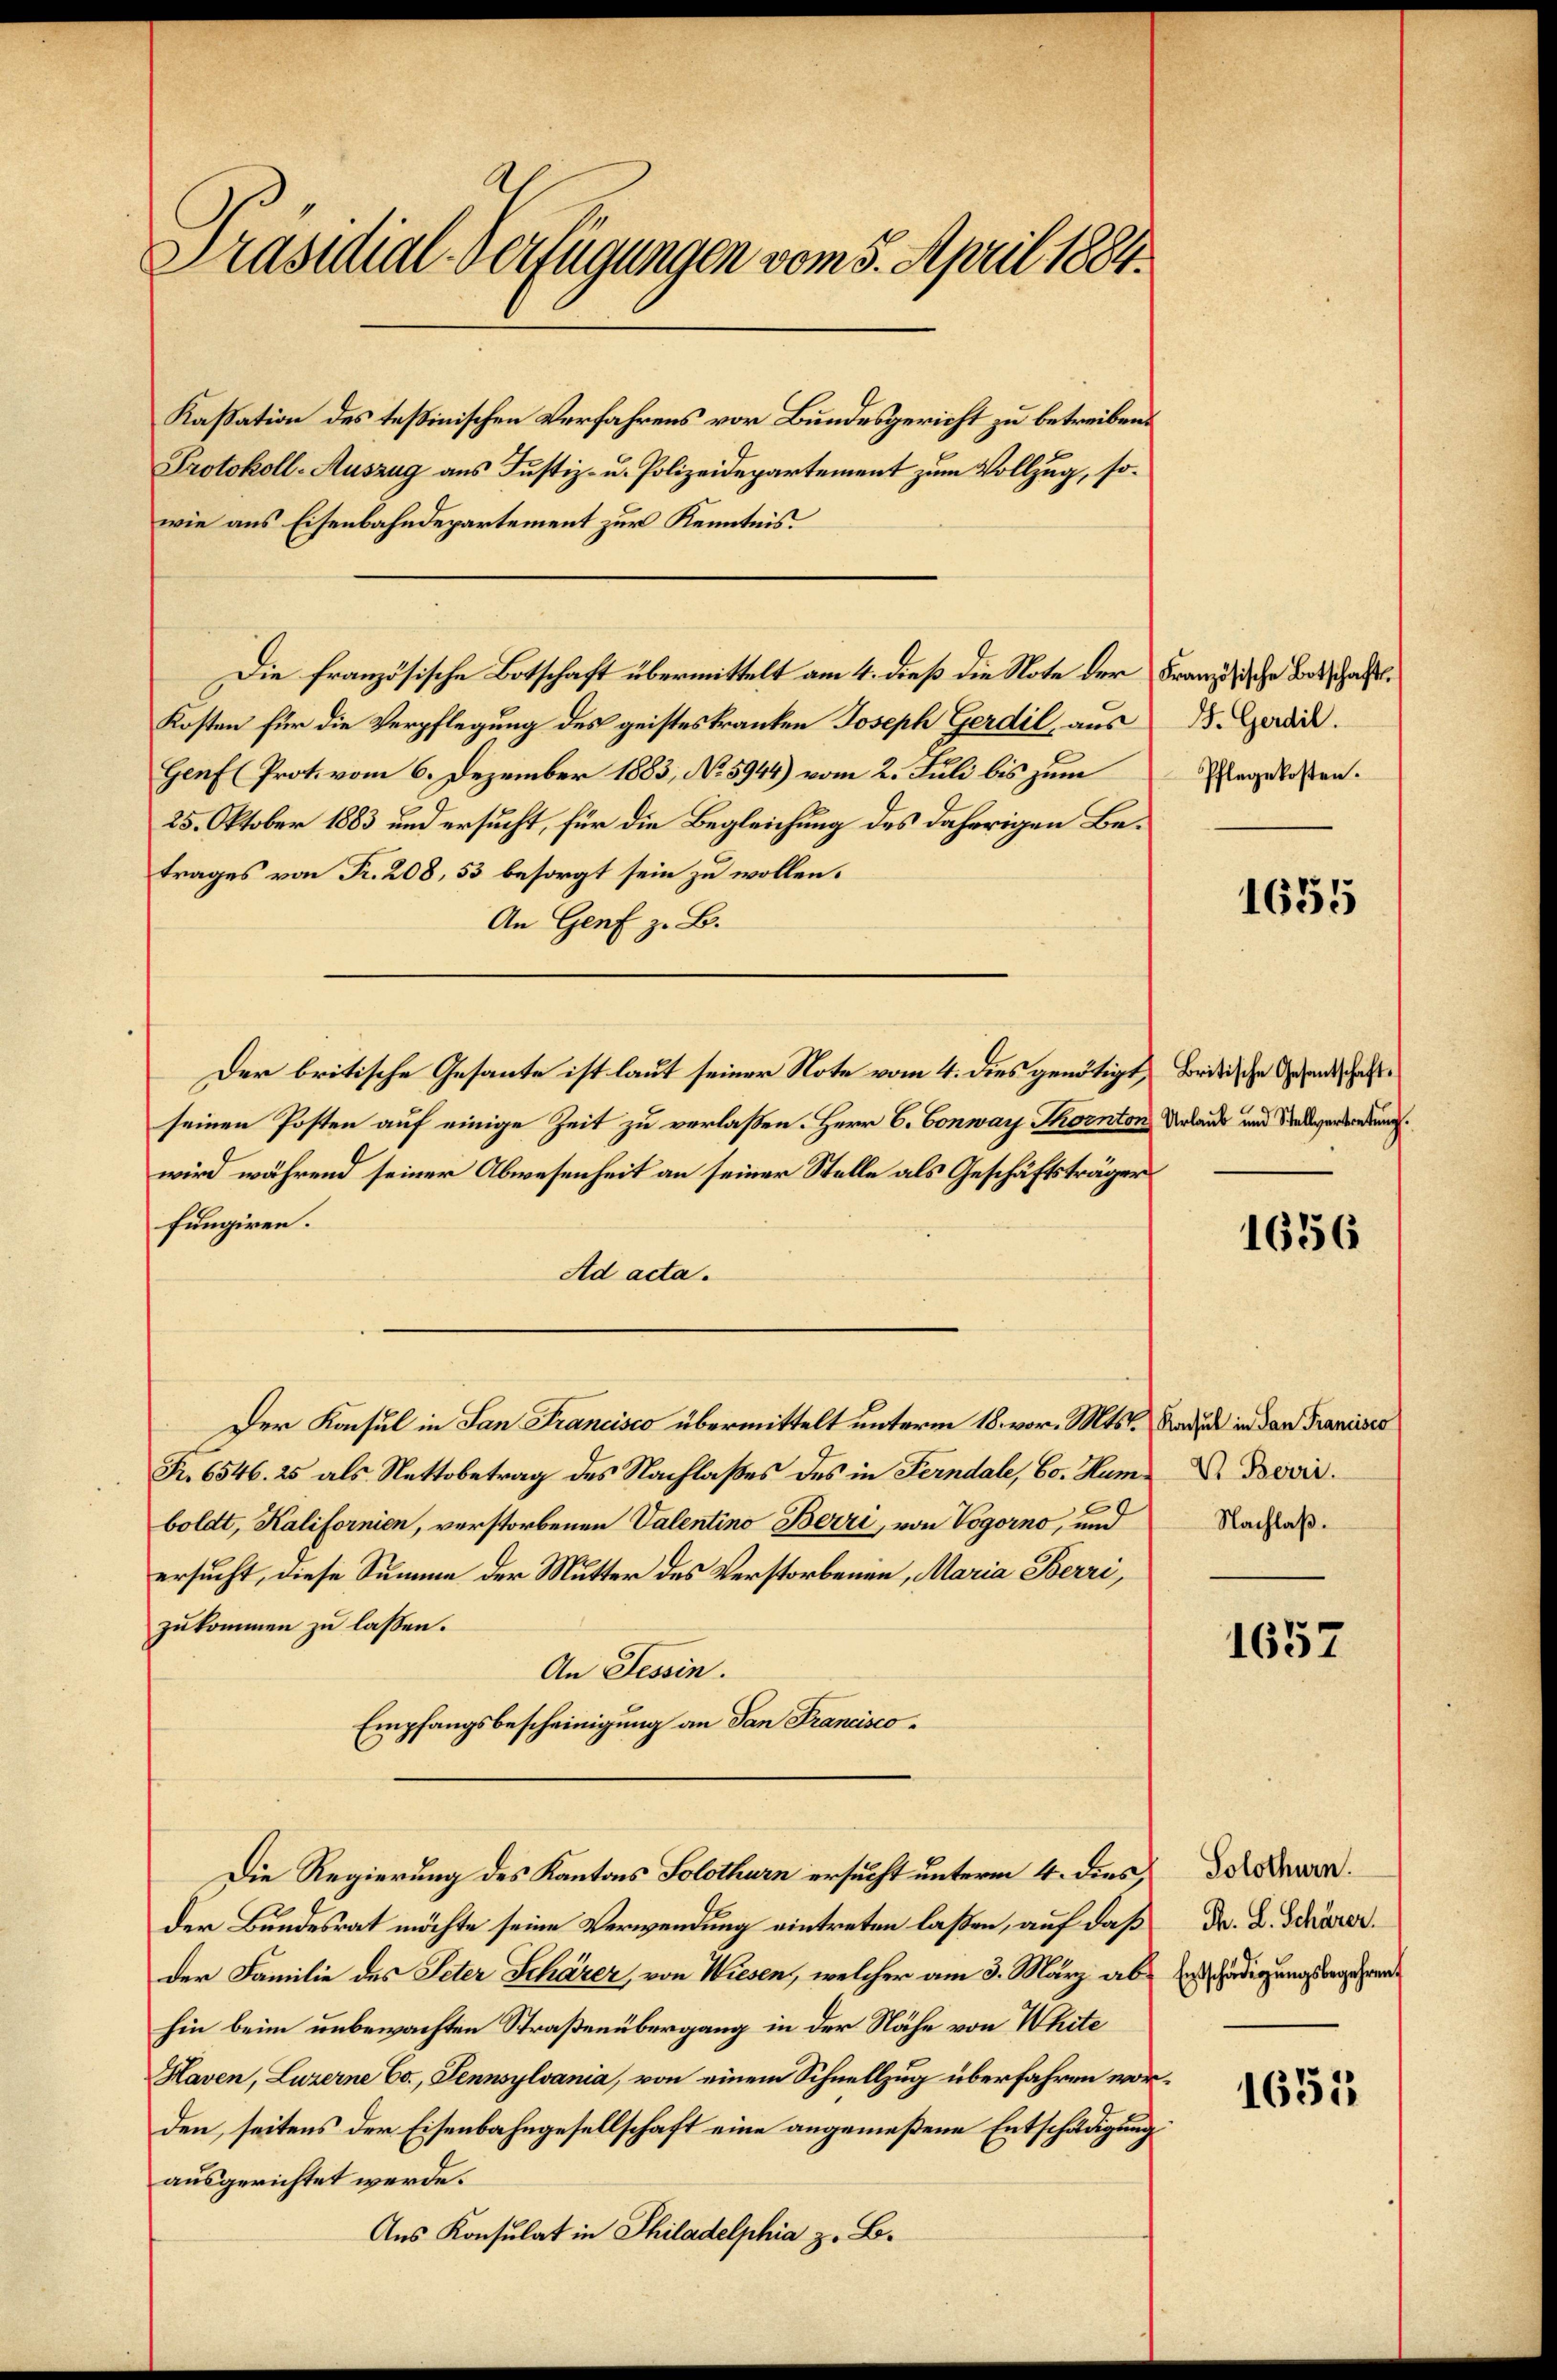
Präsidial-Verfügungen vom 5. April 1884.

Kassation des tessinischen Verfahrens vor Bundesgericht zu betreiben.
Protokoll-Auszug aus Justiz- u. Polizeidepartement zum Vollzug, sowie aus Eisenbahndepartement zur Kenntnis.
Die französische Botschaft übermittelt am 4. dieß die Note der
Kosten für die Verpflegung des geisteskranken Joseph Gerdil, aus
Genf (Prot. vom 6. Dezember 1883, No 5944) vom 2. Juli bis zum
25. Oktober 1883 und ersucht, für die Begleichung des daherigen Betrages von Fr. 208, 53 besorgt sein zu wollen.
An Genf z. B.
seinen Posten auf einige Zeit zu verlaßen. Herr C. Conway Thornton Urlaut und Salverderung
wird während seiner Abwesenheit an seiner Stelle als Geschäftsträger
fungiren.
Ad acta.
Der Konsul in San Francisco übermittelt unterm 18. vor. Mts. Baden in den Francises
Nr. 6546. 25 als Nettobetrag des Nachlaßes des in Ferndale, Co. Hum Dr. Bovii
boldt, Kalifornien, verstorbenen Valentino Berri, von Vogorno, und Nachsaß.
ersucht, diese Summe der Mutter des Verstorbenen, Maria Berri,
zukommen zu lassen.
An Tessin.
Empfangsbescheinigung an San Francisco¬
Die Regierung des Kantons Solothurn ersucht unterm 4. dies
der Bundesrat möchte seine Verwendung eintreten laßen, auf daß
der Familie des Peter Schärer, von Wiesen, welcher am 3. März abhin beim unbewachten Straßenübergang in der Nähe von White
Haven, Luzerne Co., Pennsylvania, von einem Schnellzug überfahren worden, seitens der Eisenbahngesellschaft eine angemeßene Entschädigung
ausgerichtet werde.
Aus Konsulat in Philadelphia z. B.

Der britische Gesante ist laut seiner Note vom 4. dies genötigt, Britische Gesandschafte

Französische Botschafts¬
B. Gerdil.
Pflegekosten.

1655

1656

1657

Solothurn.
Th. L. Schärer.
Entschädigungsbegehren

1635